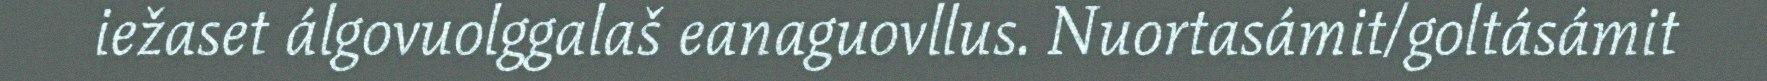
iežaset álgovuolggalaš eanaguovllus. Nuortasámit/goltásámit